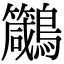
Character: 𪈁